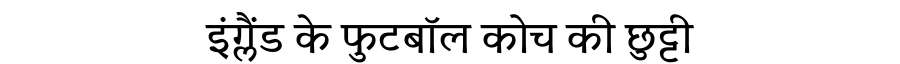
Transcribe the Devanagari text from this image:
इंग्लैंड के फुटबॉल कोच की छुट्टी